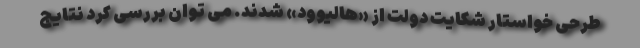
طرحی خواستار شکایت دولت از «هالیوود» شدند. می توان بررسی کرد نتایج